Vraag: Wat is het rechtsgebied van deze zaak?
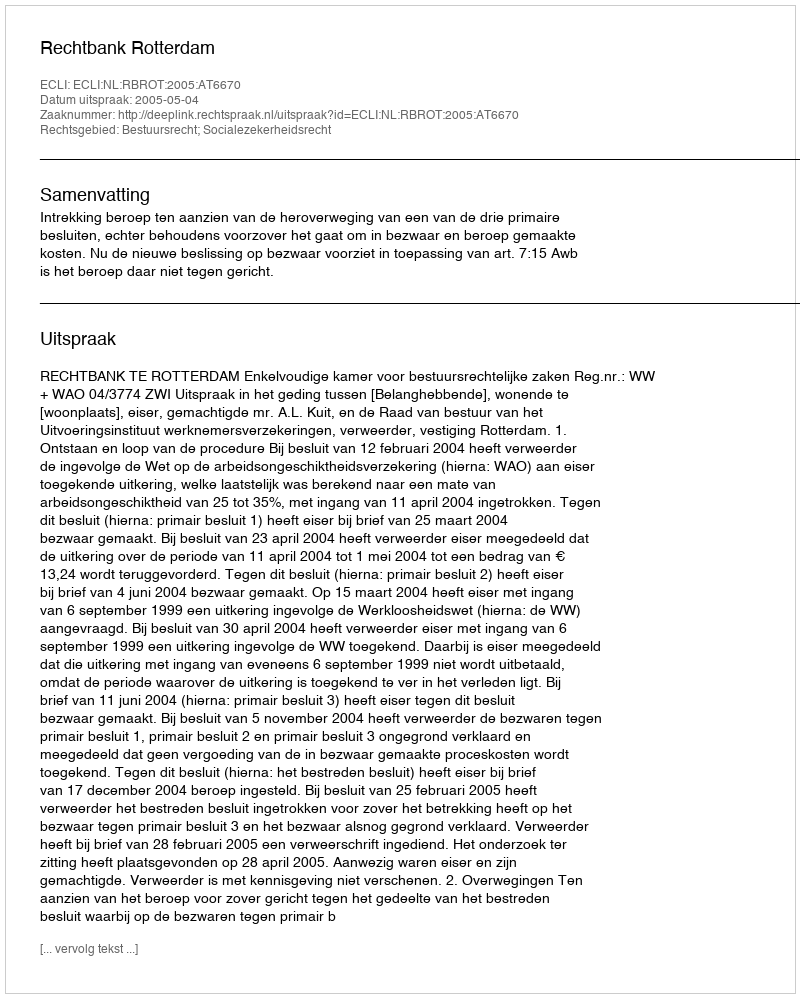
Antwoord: Bestuursrecht; Socialezekerheidsrecht